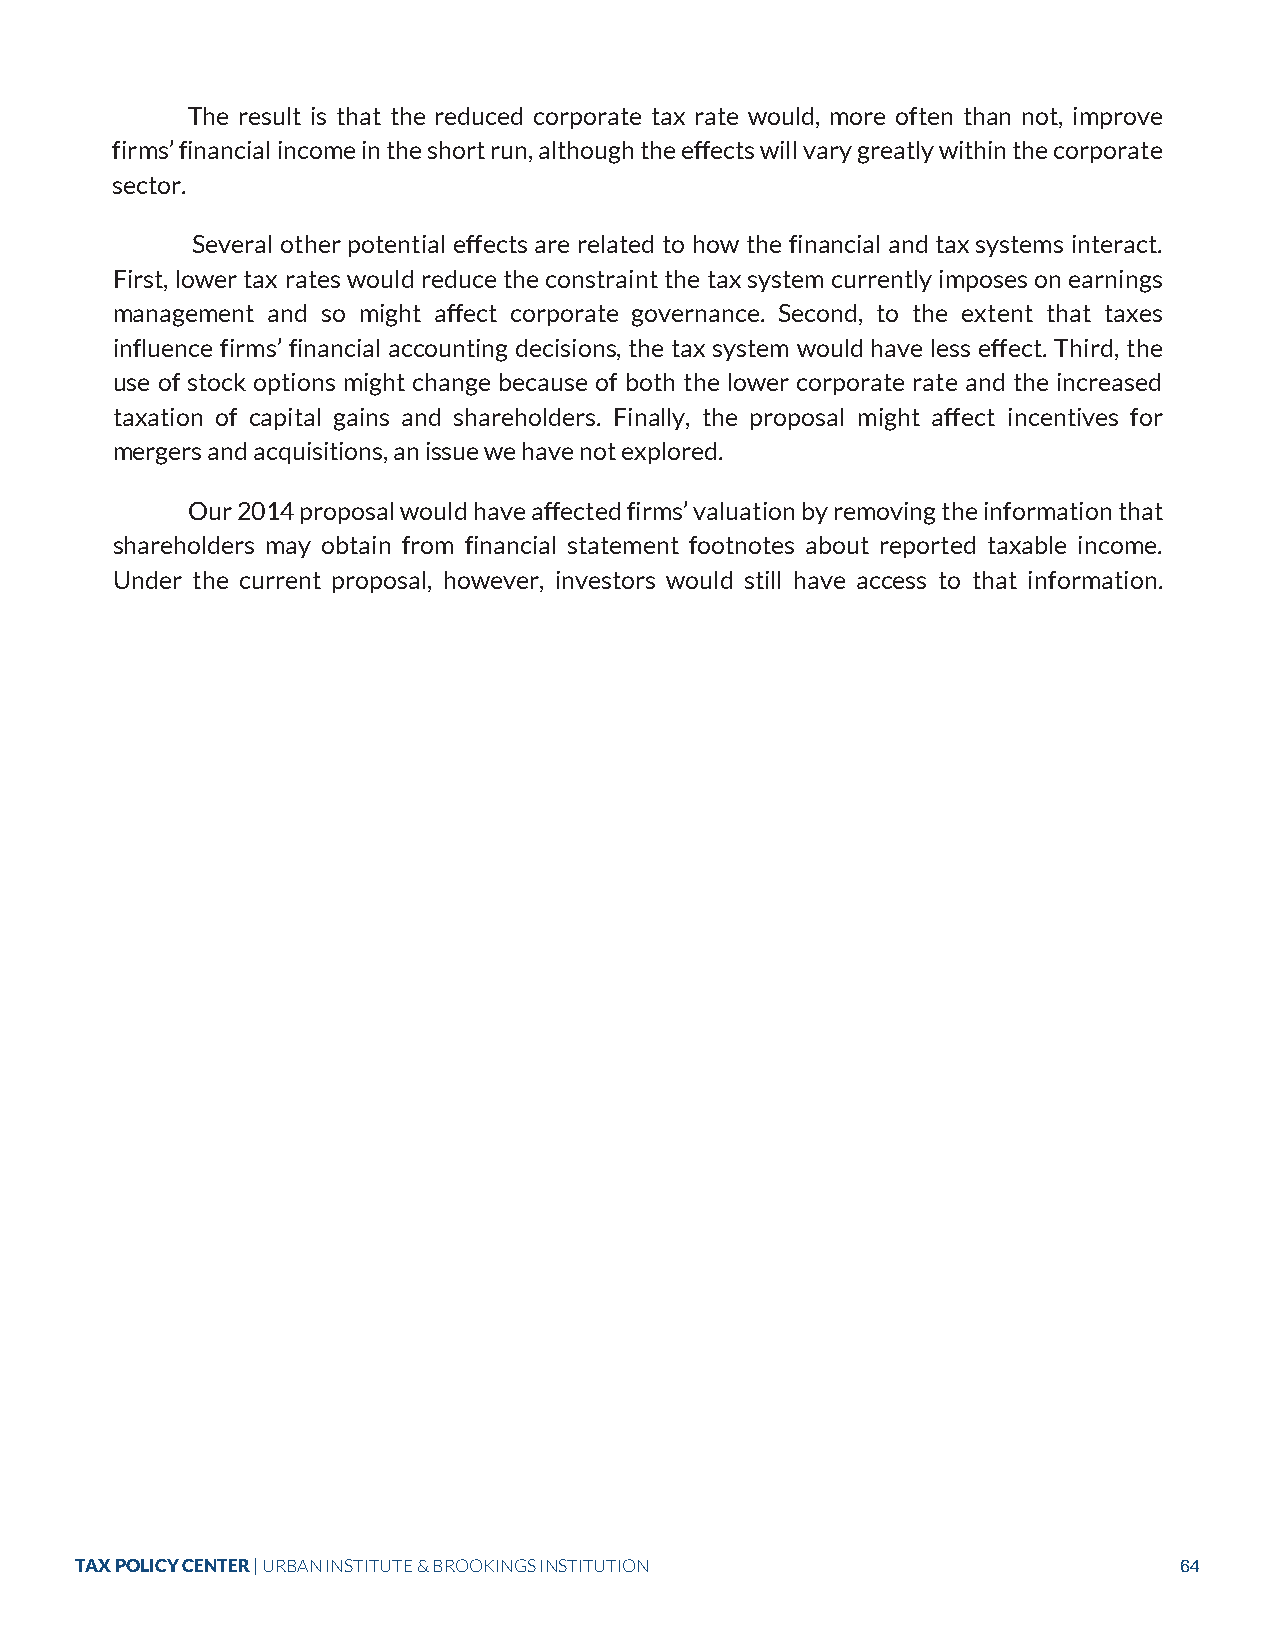
The result is that the reduced corporate tax rate would, more often than not, improve
 firms’ financial income in the short run, although the effects will vary greatly within the corporate
 sector.
 Several other potential effects are related to how the financial and tax systems interact.
 First, lower tax rates would reduce the constraint the tax system currently imposes on earnings
 management and so might affect corporate governance. Second, to the extent that taxes
 influence firms’ financial accounting decisions, the tax system would have less effect. Third, the
 use of stock options might change because of both the lower corporate rate and the increased
 taxation of capital gains and shareholders. Finally, the proposal might affect incentives for
 mergers and acquisitions, an issue we have not explored.
 Our 2014 proposal would have affected firms’ valuation by removing the information that
 shareholders may obtain from financial statement footnotes about reported taxable income.
 Under the current proposal, however, investors would still have access to that information.
 TAX POLICY CENTER | URBAN INSTITUTE & BROOKINGS INSTITUTION              64